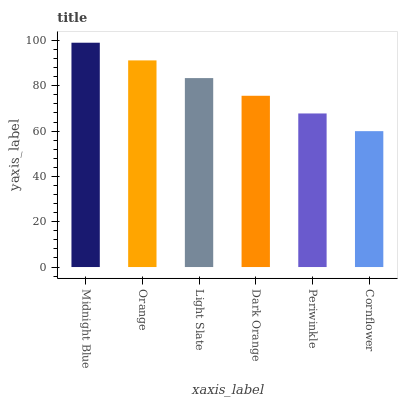
| xaxis_label | bars |
 | --- | --- |
 | Midnight Blue | 99 |
 | Orange | 91.2 |
 | Light Slate | 83.4 |
 | Dark Orange | 75.6 |
 | Periwinkle | 67.8 |
 | Cornflower | 60 |